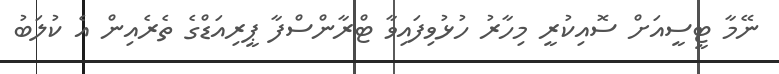
ނޭމާ ޓީސީއަށް ސޮއިކުރީ މިހާރު ހުޅުވިފައިވާ ޓްރާންސްފާ ޕީރިއަޑްގެ ތެރެއިން އެ ކުލަބު